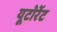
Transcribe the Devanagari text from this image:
यूटोरेंट